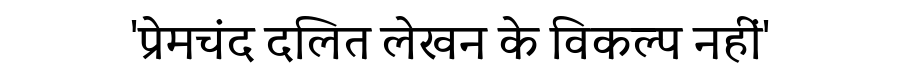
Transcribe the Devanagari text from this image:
'प्रेमचंद दलित लेखन के विकल्प नहीं'